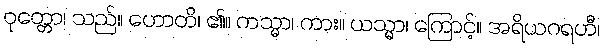
ဝုတ္တော၊ သည်။ ဟောတိ၊ ၏။ ကသ္မာ၊ ကား။ ယသ္မာ၊ ကြောင့်။ အရိယဂရဟီ၊